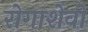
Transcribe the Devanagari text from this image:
रोगाशेवो